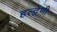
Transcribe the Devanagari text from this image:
हल्द्वेणी